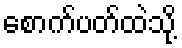
စောက်ပတ်ထဲသို့